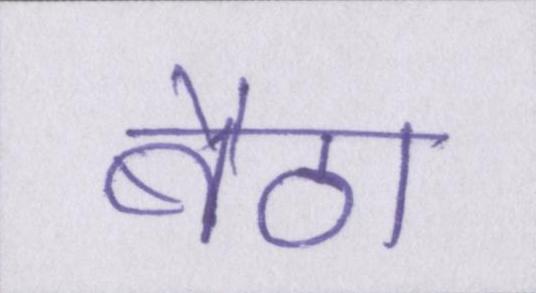
बैठा